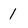
Character: 1